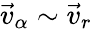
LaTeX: \vec{v}_{\alpha}\sim\vec{v}_{r}